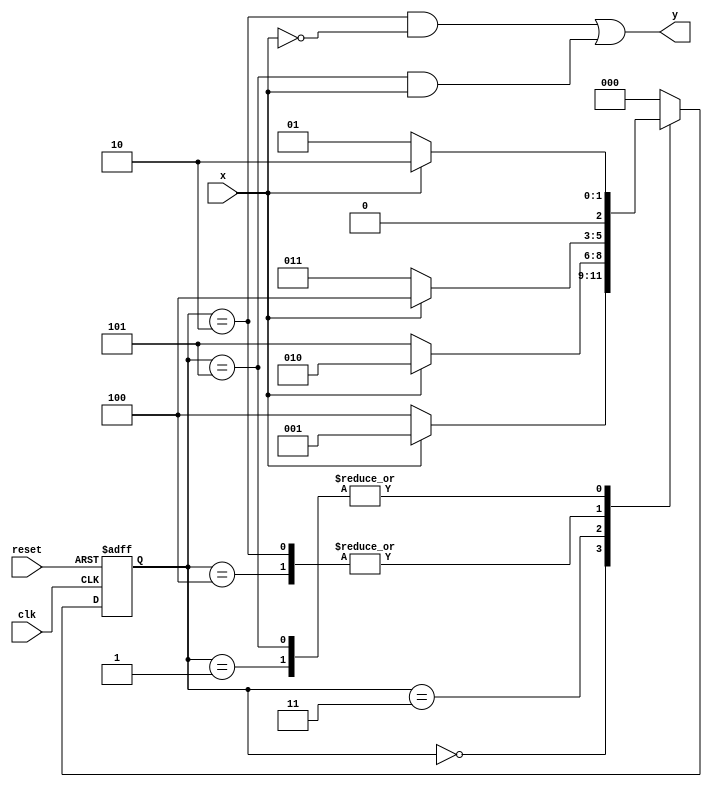
module fsm (
input x,
input clk,
input reset,
output y

);

reg[2:0] next_state , state_reg ;

localparam s0 = 0;
localparam s1 = 1;
localparam s2 = 2;
localparam s3 = 3;
localparam s4 = 4;
localparam s5 = 5;
// registers block
always @(posedge clk, negedge reset)
begin
if(~reset)
state_reg <=s0;
else 
  state_reg <=next_state;
end


// next state equation
  //fsm to detect 010 or 1001 with overlap 

always @(*) 
begin
  casex(state_reg)
  s0: if (x) next_state <= s1;
else  next_state <= s4;
  s1: if (x) next_state <= s2;
else  next_state <= s1;
  s2: if (x) next_state <= s4;
else  next_state <= s3;
  s3: if (x) next_state <= s2;
else  next_state <= s5;
  s4: if (x) next_state <= s4;
else  next_state <= s3;
  s5: if (x) next_state <= s2;
else  next_state <= s1;
  default: next_state <= s0;
endcase  
end

//output equation 
 assign y= (((state_reg==s2)&(~x))|((state_reg==s5)& x));
 
 
 endmodule